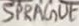
Text: SPRAGUE